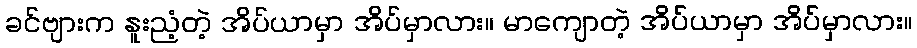
ခင်ဗျားက နူးညံ့တဲ့ အိပ်ယာမှာ အိပ်မှာလား။ မာကျောတဲ့ အိပ်ယာမှာ အိပ်မှာလား။